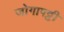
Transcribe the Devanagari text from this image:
जोगापट्टी